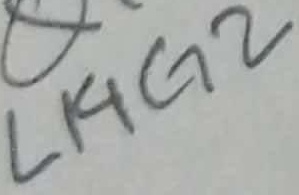
Text: L14G2